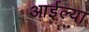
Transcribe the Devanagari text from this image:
आईल्या